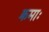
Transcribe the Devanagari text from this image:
क्रमाः